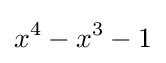
x^{4}-x^{3}-1